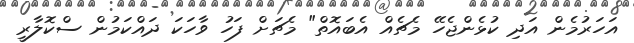
އަހަރުމެން އަދި ކުޅެންޖެހޭ މެޗެއް އެބައޮތް" މެޗަށް ފަހު ވާހަކަ ދައްކަމުން ސްކޮލާރީ